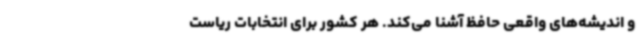
و اندیشه‌های واقعی حافظ آشنا می‌کند. هر کشور برای انتخابات ریاست‌